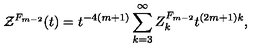
{ \cal Z } ^ { F _ { m - 2 } } ( t ) = t ^ { - 4 ( m + 1 ) } \sum _ { k = 3 } ^ { \infty } { Z } _ { k } ^ { F _ { m - 2 } } t ^ { ( 2 m + 1 ) k } ,